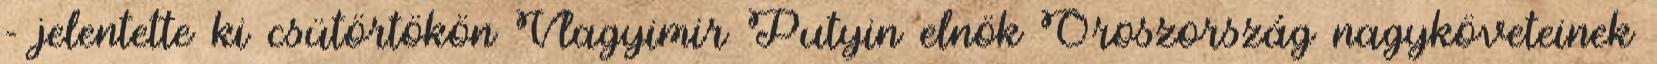
- jelentette ki csütörtökön Vlagyimir Putyin elnök Oroszország nagyköveteinek